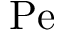
\mathrm { P e }